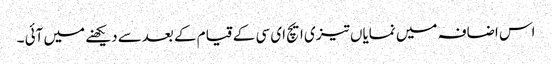
اس اضافہ میں نمایاں تیزی ایچ ای سی کے قیام کے بعدسے دیکھنے میں آئی ۔